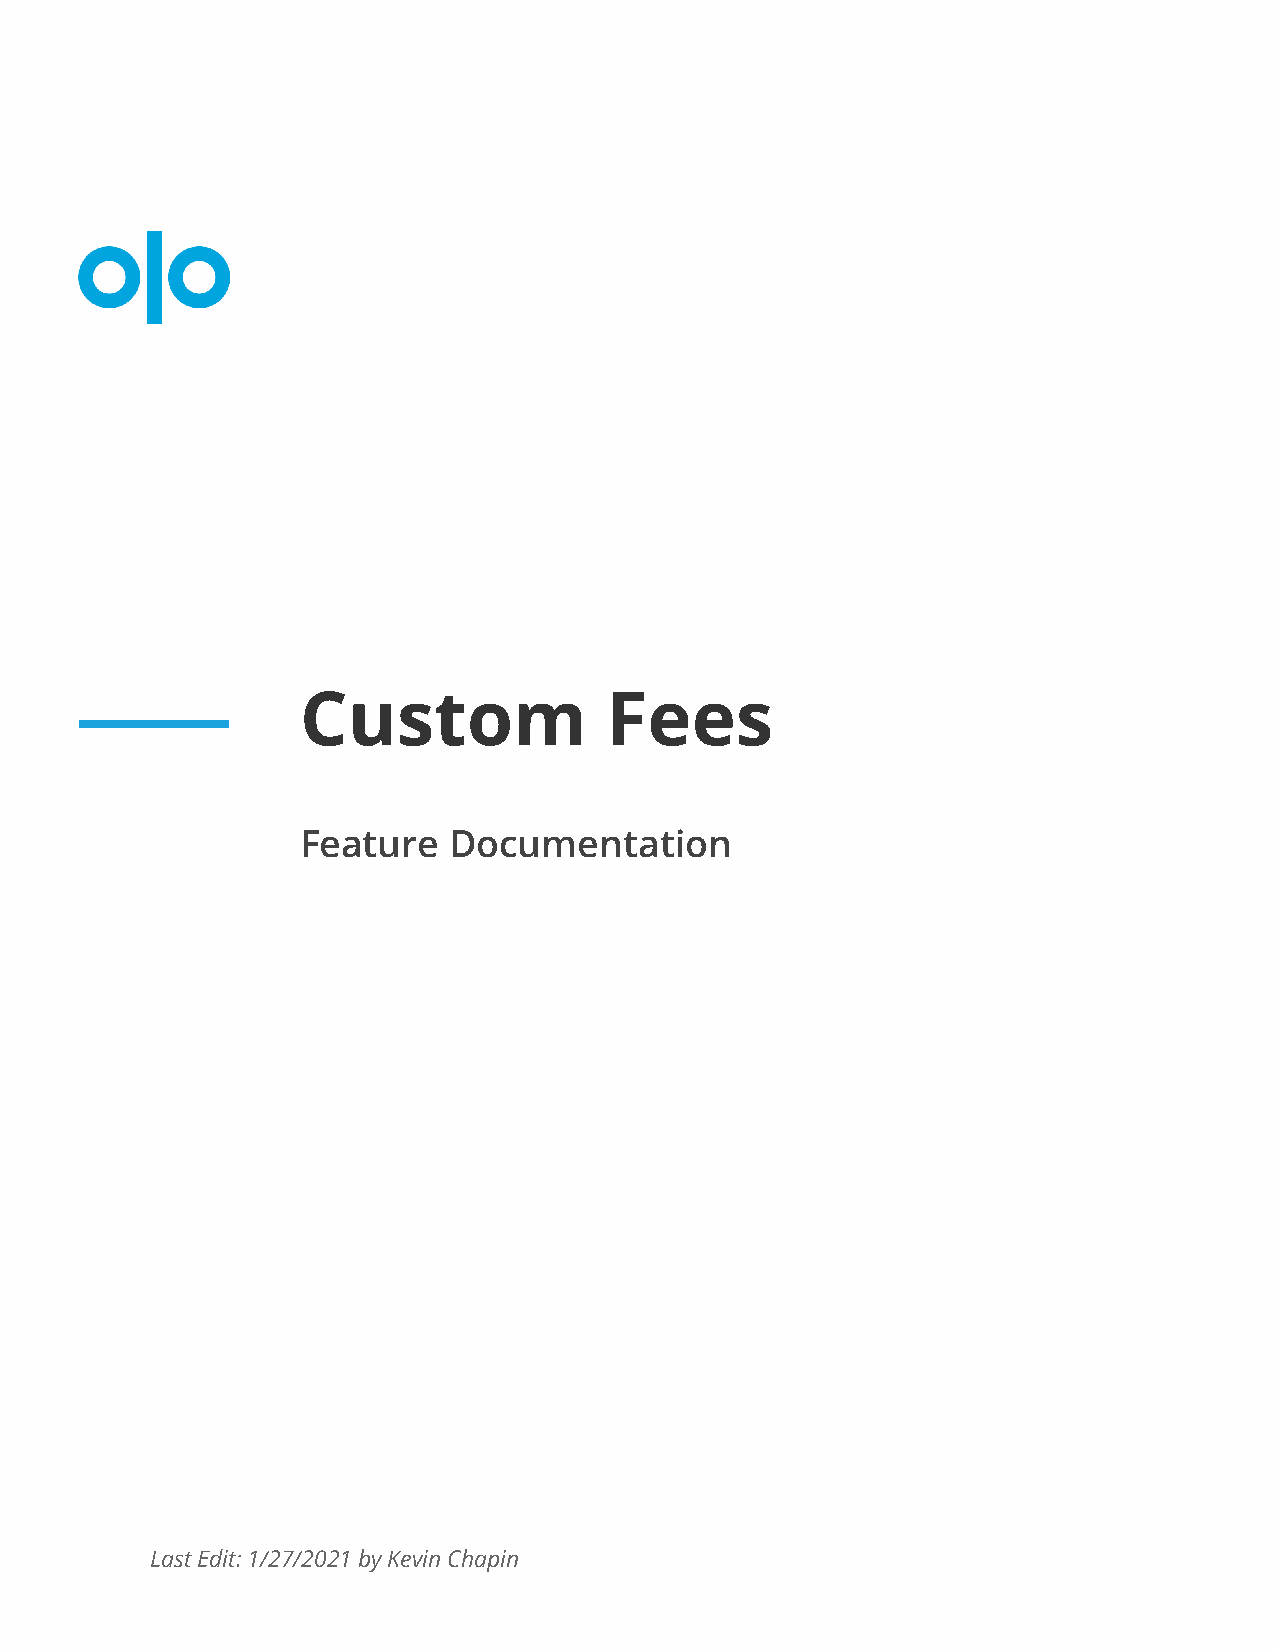
Custom              Fees
 Feature   Documentation
 Last Edit: 1/27/2021 by Kevin Chapin